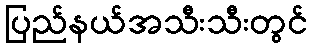
ပြည်နယ်အသီးသီးတွင်